Scottish Leaving Certificate Examination, 1953
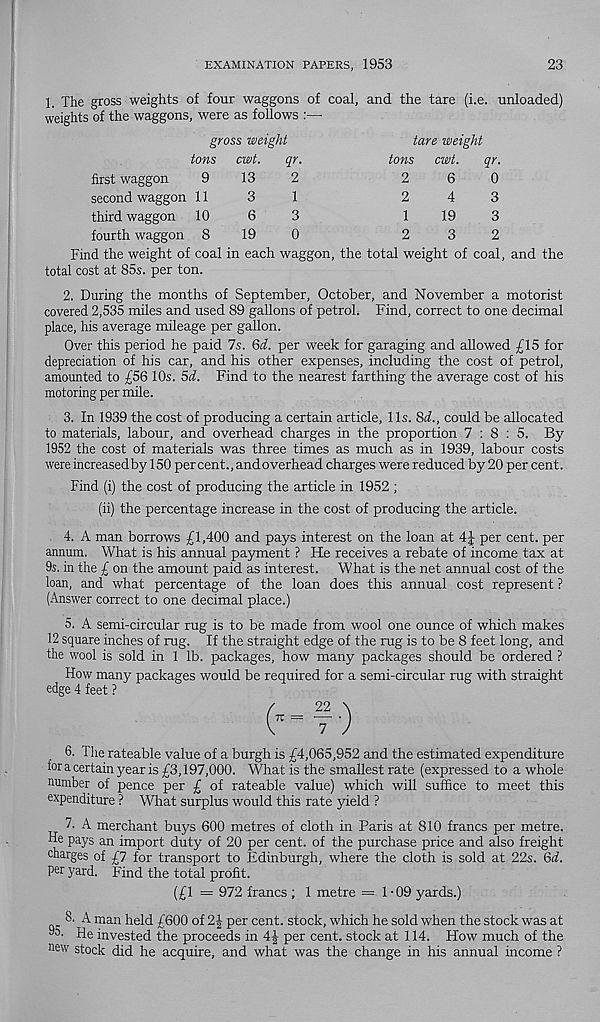
EXAMINATION PAPERS, 1953
23
1,
The gross weights of four waggons of coal, and the tare (i.e.
weights of the waggons, were as follows :—
first waggon
9
second waggon 11
third waggon 10
fourth waggon 8
gross weight
tons cwt.
qr,
13
3
6
19
tare weight
tons cwt.
qr.
2
6
0
2
4
3
1
19
3
2
3
2
Find the weight of coal in each waggon, the total weight of coal, and the
total cost at 85s. per ton.
2. During the months of September, October, and November a motorist
covered 2,535 miles and used 89 gallons of petrol. Find, correct to one decimal
place, his average mileage per gallon.
Over this period he paid 7s. Qd. per week for garaging and allowed £15 for
depreciation of his car, and his other expenses, including the cost of petrol,
amounted to £56 10s. 5d. Find to the nearest farthing the average cost of his
motoring per mile.
3. In 1939 the cost of producing a certain article, 11s. 8^., could be allocated
to materials, labour, and overhead charges in the proportion 7:8:5. By
1952 the cost of materials was three times as much as in 1939, labour costs
were increased by 150 percent., and overhead charges were reduced by 20 per cent.
Find (i) the cost of producing the article in 1952 ;
(ii) the percentage increase in the cost of producing the article.
4. A man borrows £1,400 and pays interest on the loan at 4J- per cent, per
annum. What is his annual payment ? He receives a rebate of income tax at
9s. in the £ on the amount paid as interest. What is the net annual cost of the
loan, and what percentage of the loan does this annual cost represent ?
(Answer correct to one decimal place.)
5. A semi-circular rug is to be made from wool one ounce of which makes
12 square inches of rug. If the straight edge of the rug is to be 8 feet long, and
the wool is sold in 1 lb. packages, how many packages should be ordered ?
How many packages would be required for a semi-circular rug with straight
edge 4 feet ?
6.
The rateable value of a burgh is £4,065,952 and the estim
foracertain year is £3,197,000. What is the smallest rate (expressed to a whole
number of pence per £ of rateable value) which will suffice to meet this
expenditure ? What surplus would this rate yield ?
be pays an import duty of 20 per cent, of the purchase price and also freight
charges of £7 for transport to Edinburgh, where the cloth is sold at 22s. Qd.
per yard. Find the total profit.
(£1 = 972 francs ; 1 metre =1-09 yards.)
8. A man held £600 of 2 J per cent, stock, which he sold when the stock was at
9;) ' He invested the proceeds in 4% per cent, stock at 114. How much of the
new stock did he acquire, and what was the change in his annual income ?